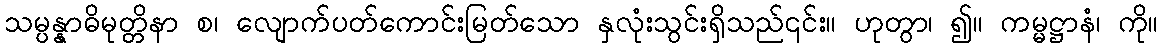
သမ္ပန္နာဓိမုတ္တိနာ စ၊ လျောက်ပတ်ကောင်းမြတ်သော နှလုံးသွင်းရှိသည်၎င်း။ ဟုတွာ၊ ၍။ ကမ္မဋ္ဌာနံ၊ ကို။